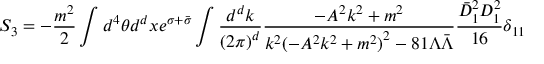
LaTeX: S _ { 3 } = - \frac { m ^ { 2 } } { 2 } \int d ^ { 4 } \theta d ^ { d } x e ^ { \sigma + \bar { \sigma } } \int \frac { d ^ { d } k } { { ( 2 \pi ) } ^ { d } } \frac { - A ^ { 2 } k ^ { 2 } + m ^ { 2 } } { k ^ { 2 } { ( - A ^ { 2 } k ^ { 2 } + m ^ { 2 } ) } ^ { 2 } - 8 1 \Lambda \bar { \Lambda } } \frac { \bar { D } _ { 1 } ^ { 2 } D _ { 1 } ^ { 2 } } { 1 6 } \delta _ { 1 1 }